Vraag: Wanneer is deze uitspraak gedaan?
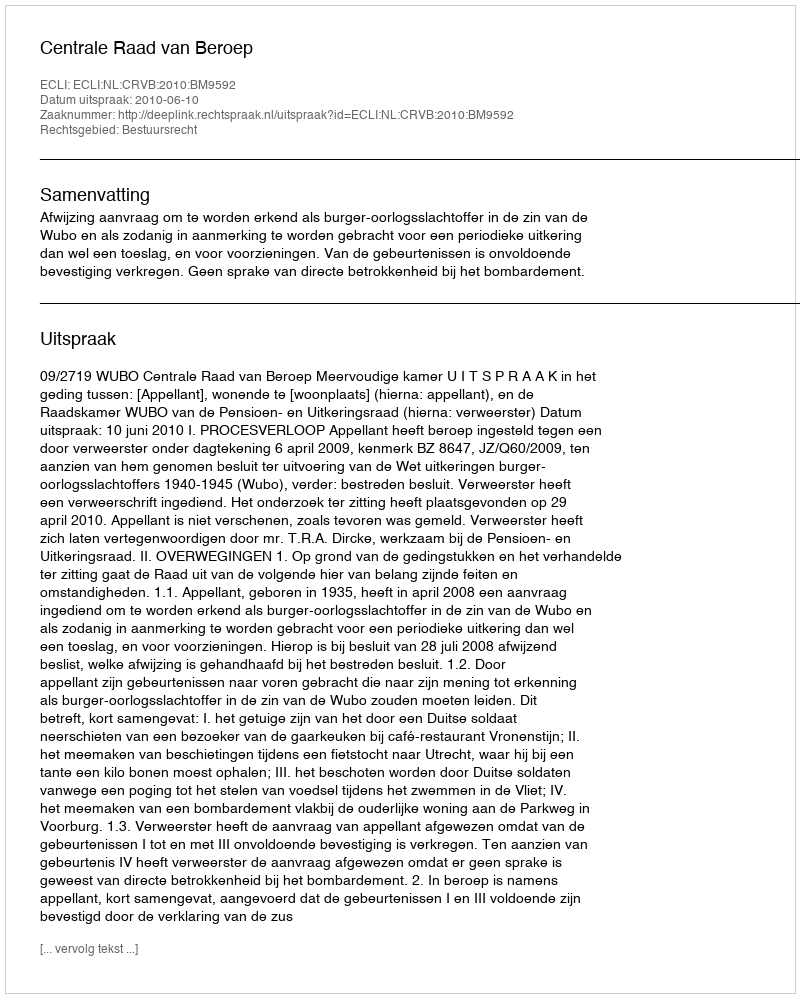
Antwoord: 2010-06-10